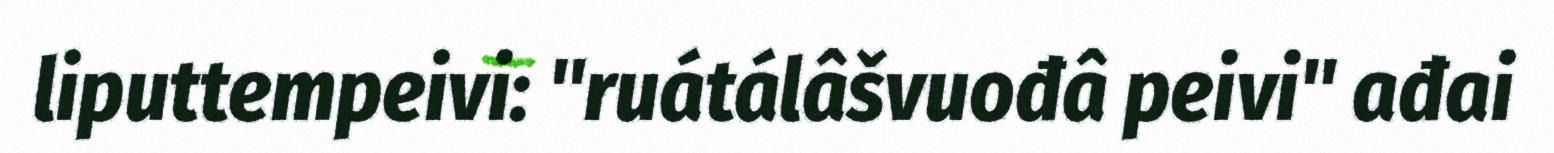
liputtempeivi: "ruátálâšvuođâ peivi" ađai